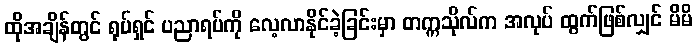
ထိုအချိန်တွင် ရုပ်ရှင် ပညာရပ်ကို လေ့လာနိုင်ခဲ့ခြင်းမှာ တက္ကသိုလ်က အလုပ် ထွက်ဖြစ်လျှင် မိမိ